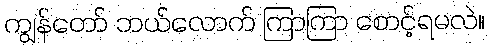
ကျွန်တော် ဘယ်လောက် ကြာကြာ စောင့်ရမလဲ။